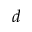
d